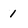
Character: 1